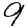
Digit: 9